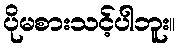
ပိုမစားသင့်ပါဘူး။